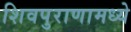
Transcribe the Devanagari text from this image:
शिवपुराणामध्ये